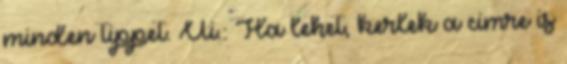
minden tippet. Ui.: Ha lehet, kerlek a cimre is